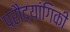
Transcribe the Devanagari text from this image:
प्रौद्यांगिकी